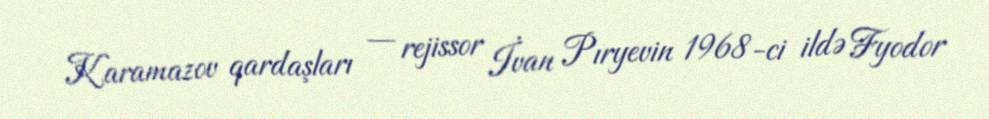
Karamazov qardaşları — rejissor İvan Pıryevin 1968-ci ildə Fyodor